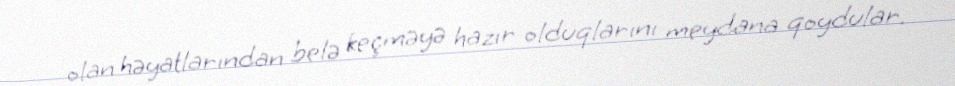
olan həyatlarından belə keçməyə hazır olduqlarını meydana qoydular.